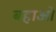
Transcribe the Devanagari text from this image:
बहाओ